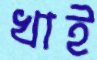
খাই